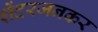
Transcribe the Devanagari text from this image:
शेंदरजनकर